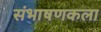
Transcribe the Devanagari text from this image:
संभाषणकला